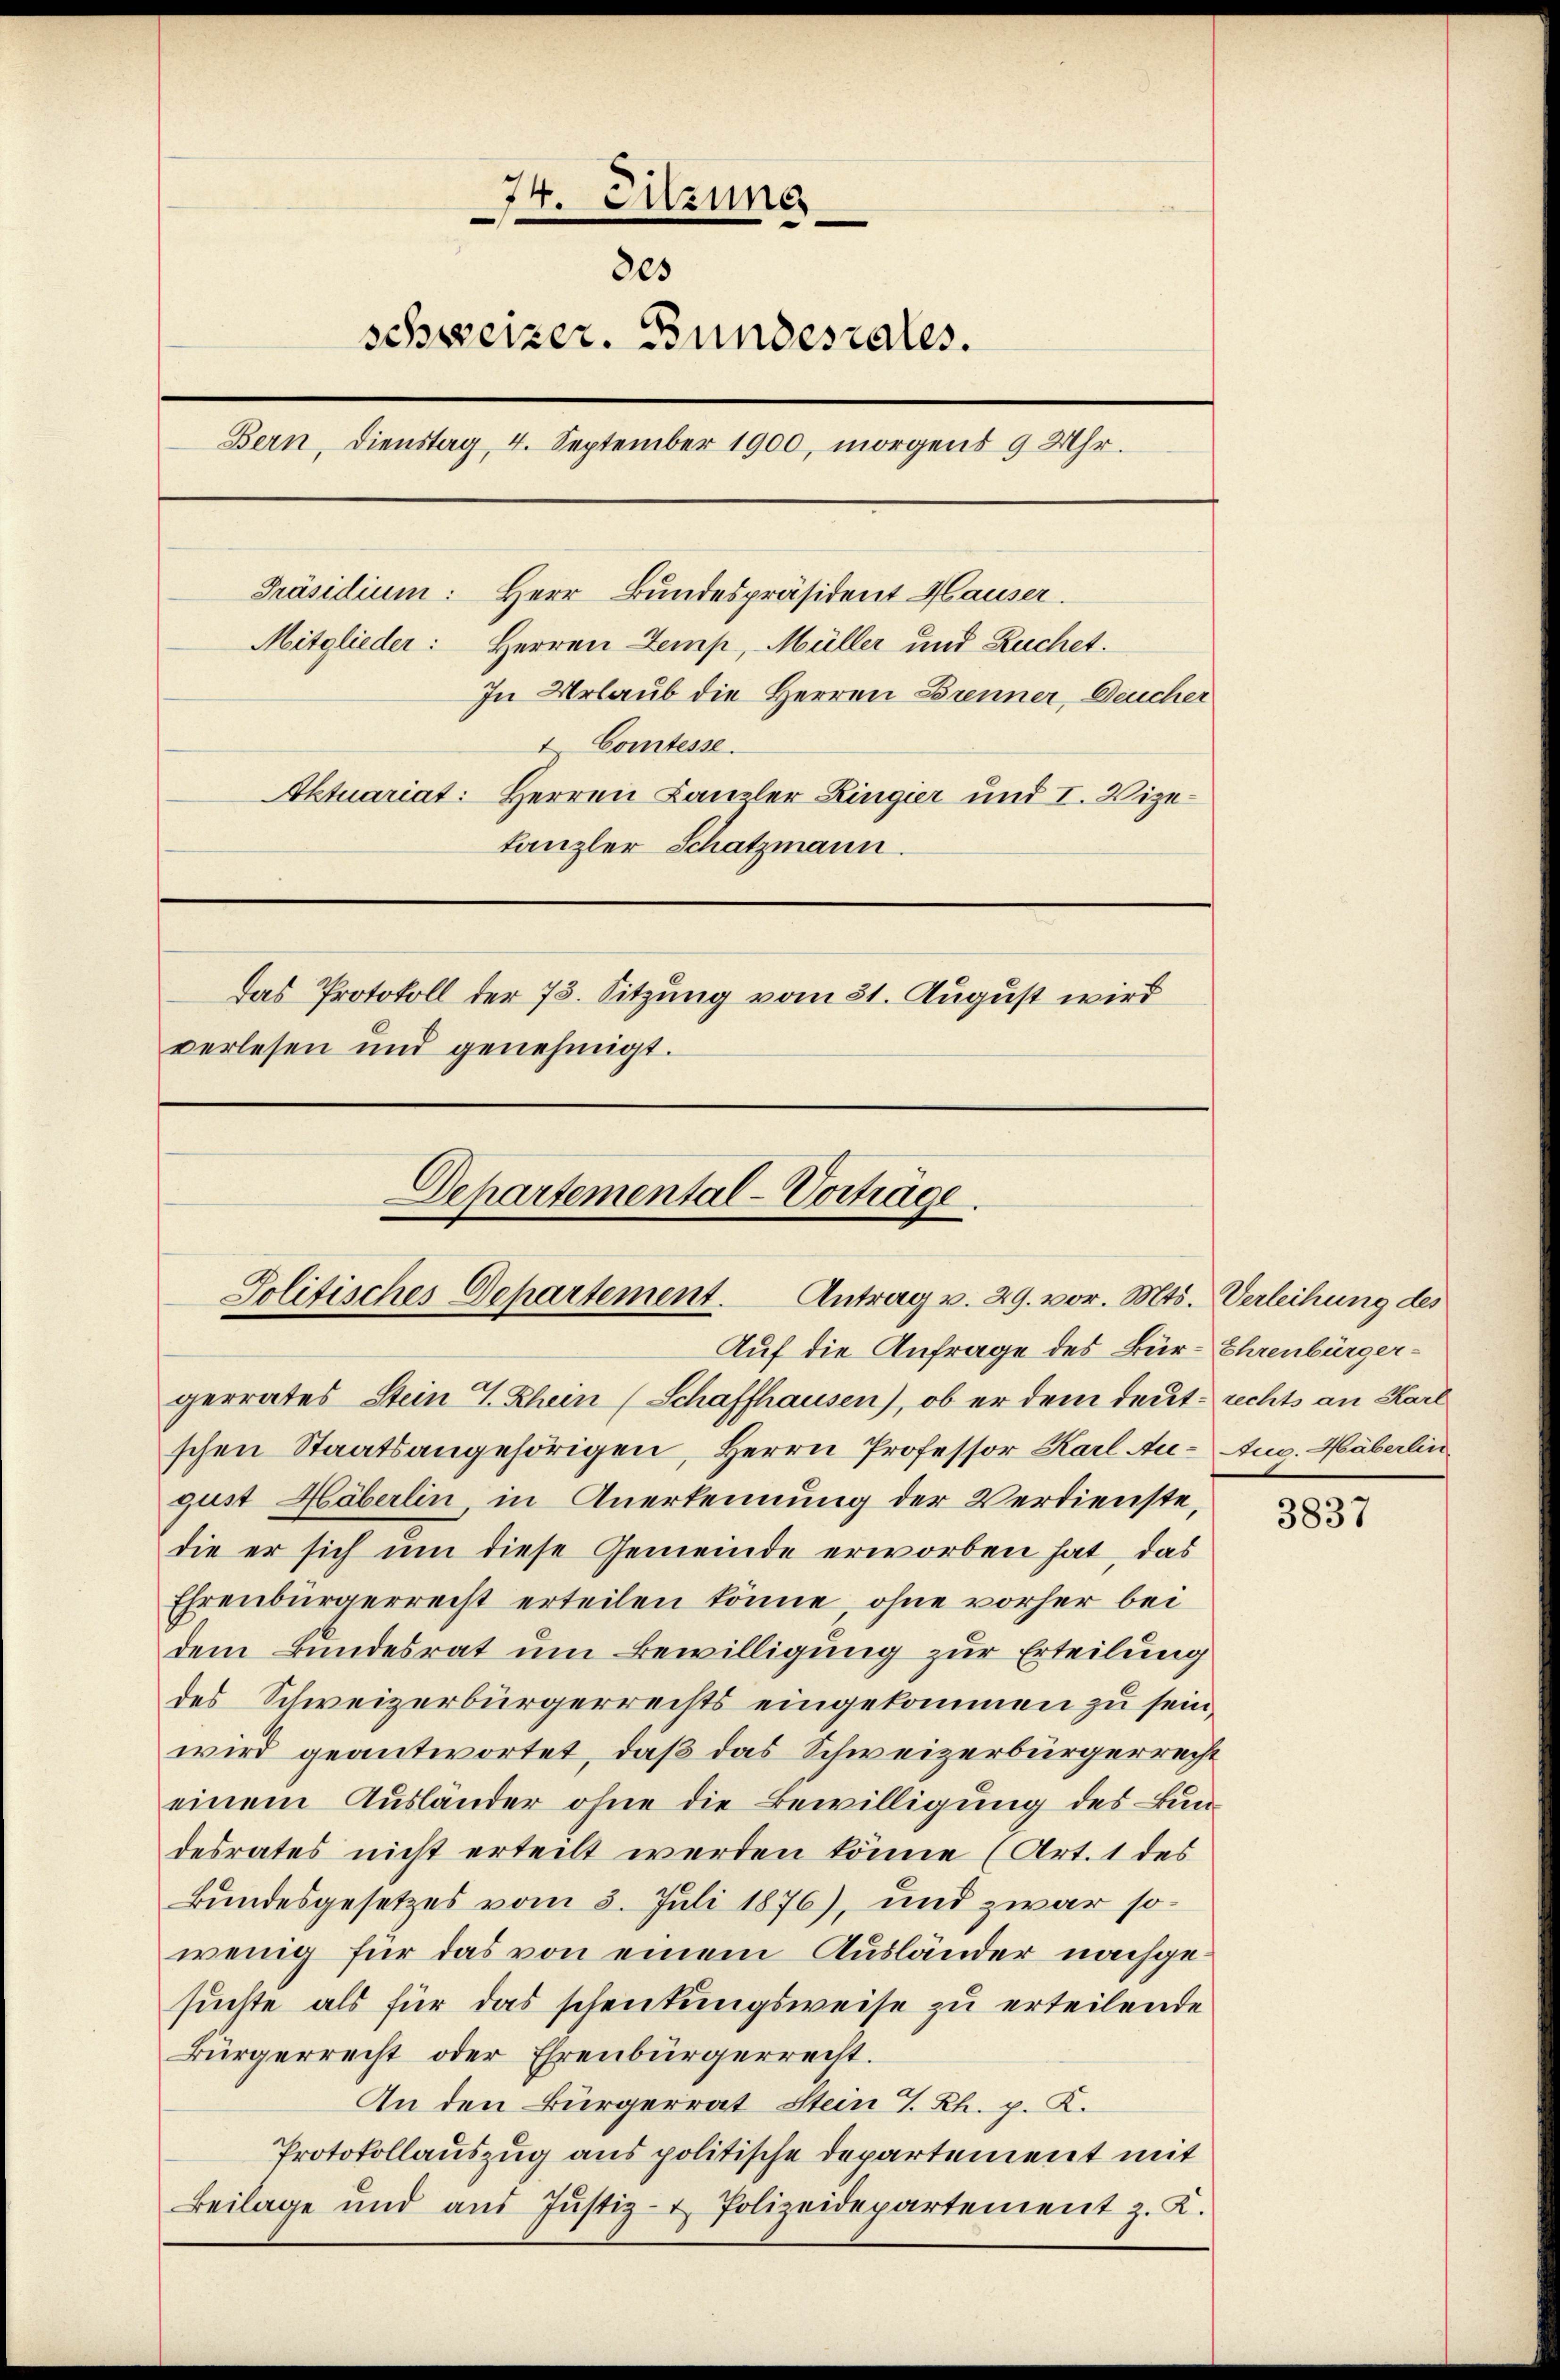
74. Sitzung
205
schweizer. Bundesrates.
Bern, Dienstag 4. September 1900, morgens 9 Uhr.
Präsidium: Herr Bundespräsident Hauser.
Mitglieder:
Herren Zemp, Müller und Ruchet.
In Urlaub die Herren Brenner, Deucher
t Comtesse.
Aktuariat: Herren Kanzler Ringier und I. Vizetanzler Schatzmann.
Das Protokoll der 73. Sitzung vom 31. August wird
verlesen und genehmigt.

Departemental-Vorträge.
.
Politisches Departement. Antrag v. 29. vor. Mts. Verleihung des
Auf die Anfrage des Bür-Ehrenbürger¬

gerrates Stein 4 Rhein (Schaffhausen), ob er dem deut. rechts an Karl
schen Staatsangehörigen, Herrn Professor Karl Au- Aug. Häberlin
gust Höberlin, in Anerkennung der Verdienste,
die er sich um diese Gemeinde erworben hat, das
Ehrenbürgerrecht erteilen könne, ohne vorher bei
dem Bundesrat um Bewilligung zur Erteilung
des Schweizerbürgerrechts eingekommen zu sein,
wird geantwortet, daß das Schweizerbürgerrecht
einem Ausländer ohne die Bewilligung des Bun-
desrates nicht erteilt werden könne (Art. 1 des
Bundesgesetzes vom 3. Juli 1876), und zwar sowenig für das von einem Ausländer nachgesuchte als für das schenkungsweise zu erteilende
Bürgerrecht oder Ehrenbürgerrecht.
An den Bürgerrat Stein T. Rh. p. K.
Protokollauszug aus politische Departement mit
Beilage und aŭs Jŭstiz- & Polizeidepartement z. K.

3837